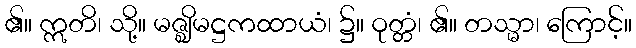
၏။ ဣတိ၊ သို့။ မဇ္ဈိမဋ္ဌကထာယံ၊ ၌။ ဝုတ္တံ၊ ၏။ တသ္မာ၊ ကြောင့်။